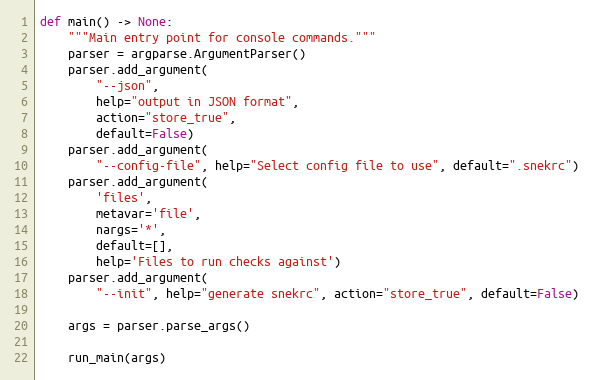
Language: Python
def main() -> None:
    """Main entry point for console commands."""
    parser = argparse.ArgumentParser()
    parser.add_argument(
        "--json",
        help="output in JSON format",
        action="store_true",
        default=False)
    parser.add_argument(
        "--config-file", help="Select config file to use", default=".snekrc")
    parser.add_argument(
        'files',
        metavar='file',
        nargs='*',
        default=[],
        help='Files to run checks against')
    parser.add_argument(
        "--init", help="generate snekrc", action="store_true", default=False)

    args = parser.parse_args()

    run_main(args)